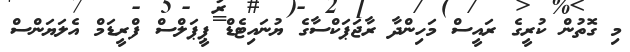
މި ގޮތުން ކުރީގެ ރައީސް މަހިންދާ ރާޖަޕަކްސާގެ ޔުނައިޓެޑް ޕީޕަލްސް ފްރީޑަމް އެލަޔަންސް